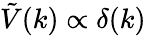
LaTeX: {\tilde{V}}(k)\propto\delta(k)